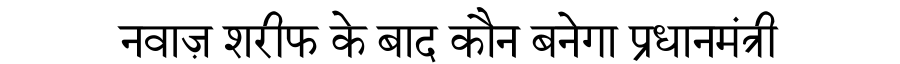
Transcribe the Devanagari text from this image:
नवाज़ शरीफ के बाद कौन बनेगा प्रधानमंत्री